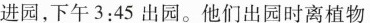
进园，下午3:45出园。他们出园时离植物